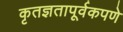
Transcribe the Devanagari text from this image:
कृतज्ञतापूर्वकपणे